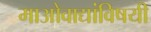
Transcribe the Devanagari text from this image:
माओवाद्यांविषयी